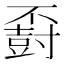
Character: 𪧽